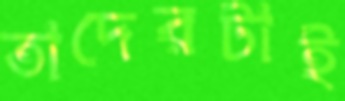
তাদেরটাই